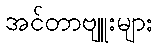
အင်တာဗျူးများ